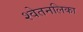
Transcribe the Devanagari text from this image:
श्वेतनलिका